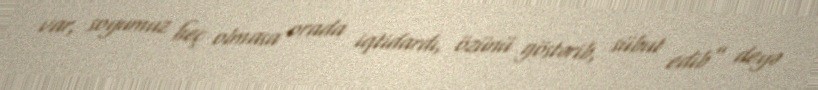
var, soyumuz heç olmasa orada iqtidardı, özünü göstərib, sübut edib” deyə